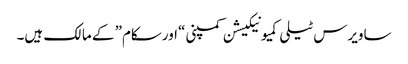
ساویرس ٹیلی کمیونیکیشن کمپنی “اورسکام” کے مالک ہیں۔